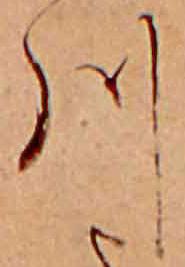
川